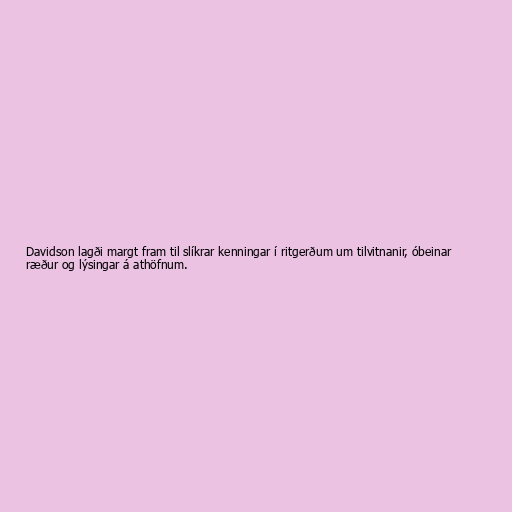
Davidson lagði margt fram til slíkrar kenningar í ritgerðum um tilvitnanir, óbeinar
ræður og lýsingar á athöfnum.